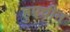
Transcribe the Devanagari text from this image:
हुएचीन